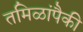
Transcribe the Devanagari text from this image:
तमिळांपैकी